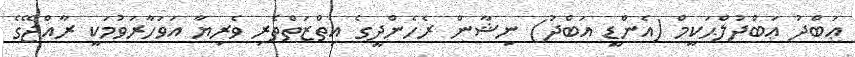
ޢަބްދު ޢަބްދުލްޙަކީމް (އެންޑީ އަބްދު) ނިޝާން ރެހެންދީގެ އިތްޒަތްތެރި ވެރިޔާ އަވަހާރަވުމަކީ ރާއްޖޭގެ